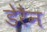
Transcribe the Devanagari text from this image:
डेरैन